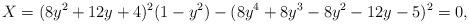
LaTeX: \begin{align*} X = (8y^2+12y+4)^2(1-y^2) -(8y^4+8y^3-8y^2-12y-5)^2 = 0, \end{align*}